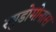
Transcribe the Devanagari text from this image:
स्युडोमोनास